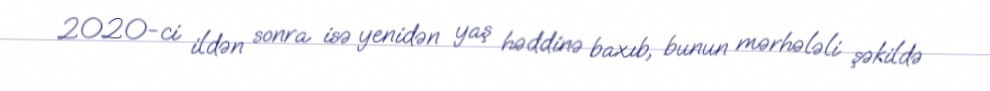
2020-ci ildən sonra isə yenidən yaş həddinə baxıb, bunun mərhələli şəkildə